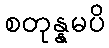
စတုန္နမပိ